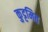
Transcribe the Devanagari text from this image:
कुट्टमित